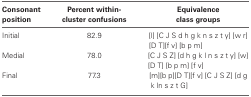
<table><thead><tr><td><b>Consonant position</b></td><td><b>Percent within-cluster confusions</b></td><td><b>Equivalence class groups</b></td></tr></thead><tbody><tr><td>Initial</td><td>82.9</td><td>[l] [C J S d h g k n s z t y] [w r] [D T][f v] [b p m]</td></tr><tr><td>Medial</td><td>78.0</td><td>[C J S Z] [d h g k l n s z t y] [w] [D T] [b p m] [f v]</td></tr><tr><td>Final</td><td>77.3</td><td>[m][b p][D T][f v] [C J S Z] [d g k ln s z t G]</td></tr></tbody></table>